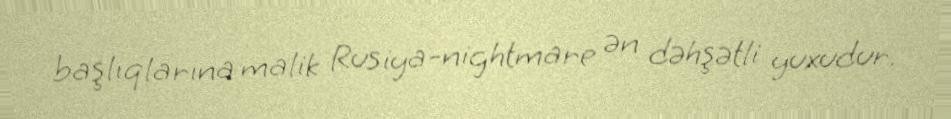
başlıqlarına malik Rusiya-nightmare ən dəhşətli yuxudur.